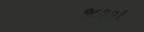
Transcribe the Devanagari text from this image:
१८३२।